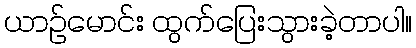
ယာဉ်မောင်း ထွက်ပြေးသွားခဲ့တာပါ။